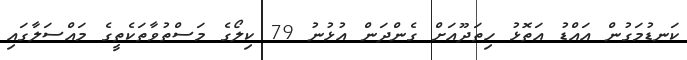
ކަނޑުމަގުން އައްޑު އަތޮޅު ހިތަދޫއަށް ގެންދަން އުޅުނު 79 ކިލޯގެ މަސްތުވާތަކެތީގެ މައްސަލާގައި